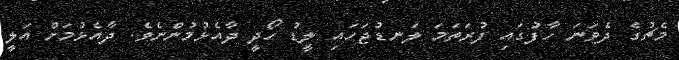
މެޗުގެ ދެވަނަ ހާފުގައި ފުރަތަމަ ލަނޑުޖަހައި ލީޑު ހޯދީ ދާއެޅުމުންނެވެ. ދާއެޅުމަށް އަލީ